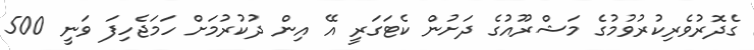
ގެދޮރުވެރިކުރުވުމުގެ މަޝްރޫއުގެ ދަށުން ކެޓަގަރީ އޭ އިން ދުކުރުމަށް ހަމަޖެހިފަ ވަނީ 500